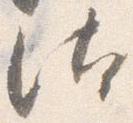
汰